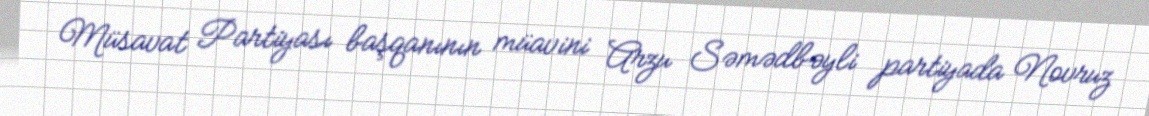
Müsavat Partiyası başqanının müavini Arzu Səmədbəyli partiyada Novruz